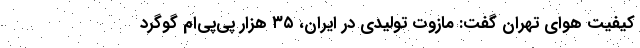
کیفیت هوای تهران گفت: مازوت تولیدی در ایران، ۳۵ هزار پی‌پی‌ام گوگرد